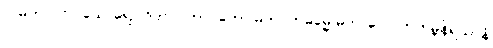
၁၊ မဟာဝဂ္ဂ ပယောဓရာ ဝိဘာဂါဘာဝတော မဟဂ္ဂတဓမ္မေ မဟာလောဟကုမ္ဘိနိရယာနံ